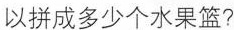
以拼成多少个水果篮?